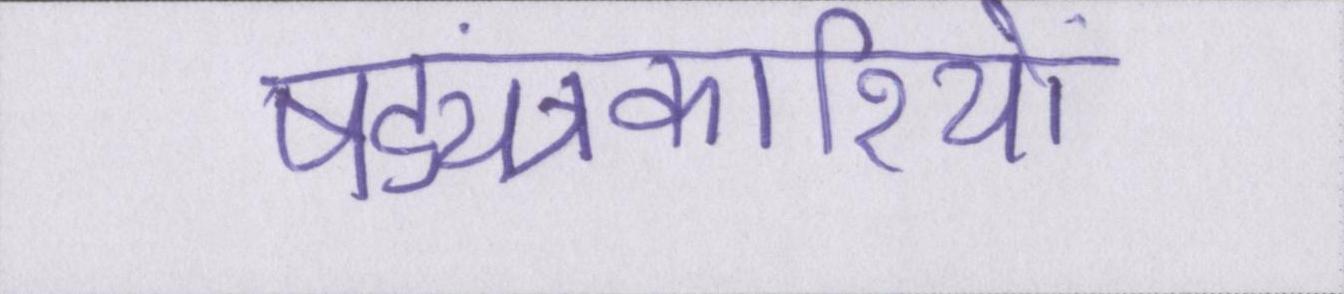
षड्यंत्रकारियों